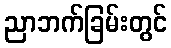
ညာဘက်ခြမ်းတွင်